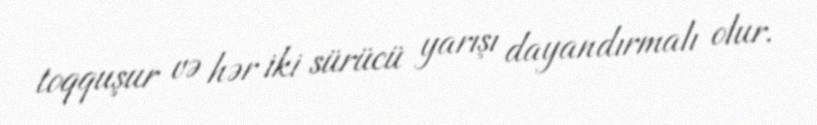
toqquşur və hər iki sürücü yarışı dayandırmalı olur.